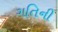
ગતિની